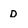
Character: D